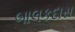
બાલકદાસ